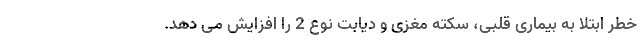
خطر ابتلا به بیماری قلبی، سکته مغزی و دیابت نوع 2 را افزایش می دهد.